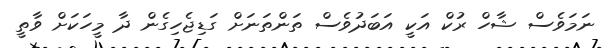
ނަމަވެސް ޝާހް ރުކް އަކީ އަބަދުވެސް ތަންތަނަށް ގަޑިޖެހިގެން ދާ މީހަކަށް ވާތީ